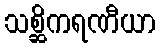
သစ္ဆိကရဏီယာ